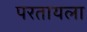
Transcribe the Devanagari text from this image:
परतायला